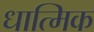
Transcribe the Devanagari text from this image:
धात्मिक